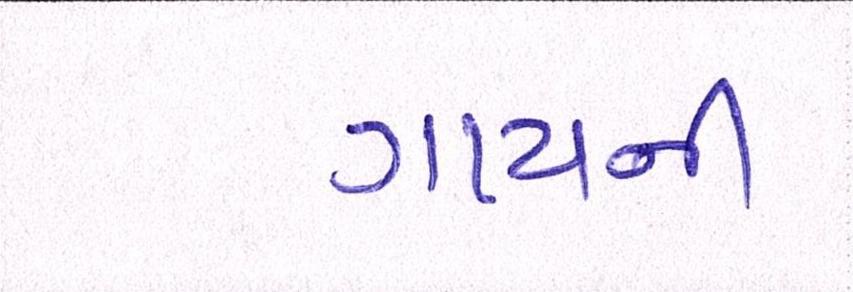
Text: ગાયની